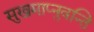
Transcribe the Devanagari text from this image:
सुखमाप्नुवन्ति